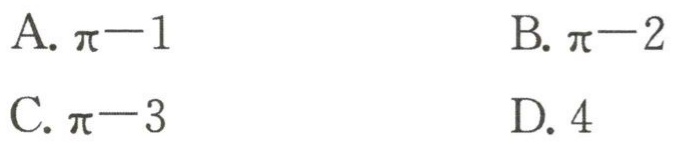
A. $\pi - 1$

B. $\pi - 2$

C. $\pi - 3$

D. $4$